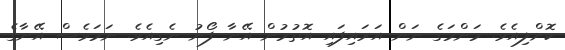
ކޮށްލިއެވެ. މަންމަގެ ނަން އަރައިފައި އޮތުމުން އޭނާ ފޯނު ނެގިއެވެ. ނަމަވެސް އޭނާގެ